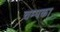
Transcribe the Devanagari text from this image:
चम्पका